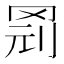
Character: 𱺽